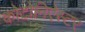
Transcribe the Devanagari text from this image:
कोटोनिऐस्टर